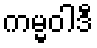
ကမ္မဝါဒီ